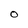
Character: O